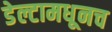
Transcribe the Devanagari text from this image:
डेल्टामधूनच